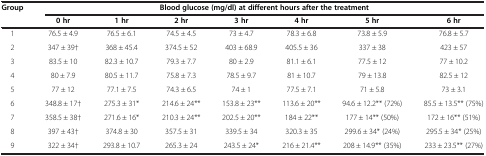
| <ROWSPAN=2> Group | <COLSPAN=7> Blood glucose (mg/dl) at different hours after the treatment |
 | 0 hr | 1 hr | 2 hr | 3 hr | 4 hr | 5 hr | 6 hr |
 | --- | --- | --- | --- | --- | --- | --- | --- |
 | 1 | 76.5 ± 4.9 | 76.5 ± 6.1 | 74.5 ± 4.5 | 73 ± 4.7 | 78.3 ± 6.8 | 73.8 ± 5.9 | 76.8 ± 5.7 |
 | 2 | 347 ± 39† | 368 ± 45.4 | 374.5 ± 52 | 403 ± 68.9 | 405.5 ± 36 | 337 ± 38 | 423 ± 57 |
 | 3 | 83.5 ± 10 | 82.3 ± 10.7 | 79.3 ± 7.7 | 80 ± 2.9 | 81.1 ± 6.1 | 77.5 ± 12 | 77 ± 10.2 |
 | 4 | 80 ± 7.9 | 80.5 ± 11.7 | 75.8 ± 7.3 | 78.5 ± 9.7 | 81 ± 10.7 | 79 ± 13.8 | 82.5 ± 12 |
 | 5 | 77 ± 12 | 77.1 ± 7.5 | 74.3 ± 6.5 | 74 ± 1 | 77.5 ± 7.1 | 71 ± 5.8 | 73 ± 3.1 |
 | 6 | 348.8 ± 17† | 275.3 ± 31* | 214.6 ± 24** | 153.8 ± 23** | 113.6 ± 20** | 94.6 ± 12.2** (72%) | 85.5 ± 13.5** (75%) |
 | 7 | 358.5 ± 38† | 271.6 ± 16* | 210.3 ± 24** | 202.5 ± 20** | 184 ± 22** | 177 ± 14** (50%) | 172 ± 16** (51%) |
 | 8 | 397 ± 43† | 374.8 ± 30 | 357.5 ± 31 | 339.5 ± 34 | 320.3 ± 35 | 299.6 ± 34* (24%) | 295.5 ± 34* (25%) |
 | 9 | 322 ± 34† | 293.8 ± 10.7 | 265.3 ± 24 | 243.5 ± 24* | 216 ± 21.4** | 208 ± 14.9** (35%) | 233 ± 23.5** (27%) |